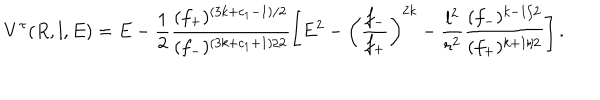
LaTeX: V ^ { \tau } ( R , l , E ) = E - \frac { 1 } { 2 } \frac { ( f _ { + } ) ^ { ( 3 k + c _ { 1 } - 1 ) / 2 } } { ( f _ { - } ) ^ { ( 3 k + c _ { 1 } + 1 ) / 2 } } \left[ E ^ { 2 } - \left( \frac { f _ { - } } { f _ { + } } \right) ^ { 2 k } - \frac { l ^ { 2 } } { r ^ { 2 } } \frac { ( f _ { - } ) ^ { k - 1 / 2 } } { ( f _ { + } ) ^ { k + 1 / 2 } } \right] .